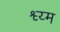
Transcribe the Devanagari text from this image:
श्व्य्म